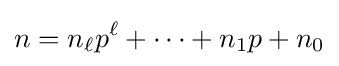
n=n_{\ell }p^{\ell }+\cdots +n_{1}p+n_{0}